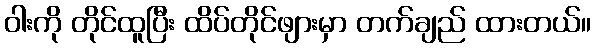
ဝါးကို တိုင်ထူပြီး ထိပ်တိုင်ဖျားမှာ တက်ချည် ထားတယ်။